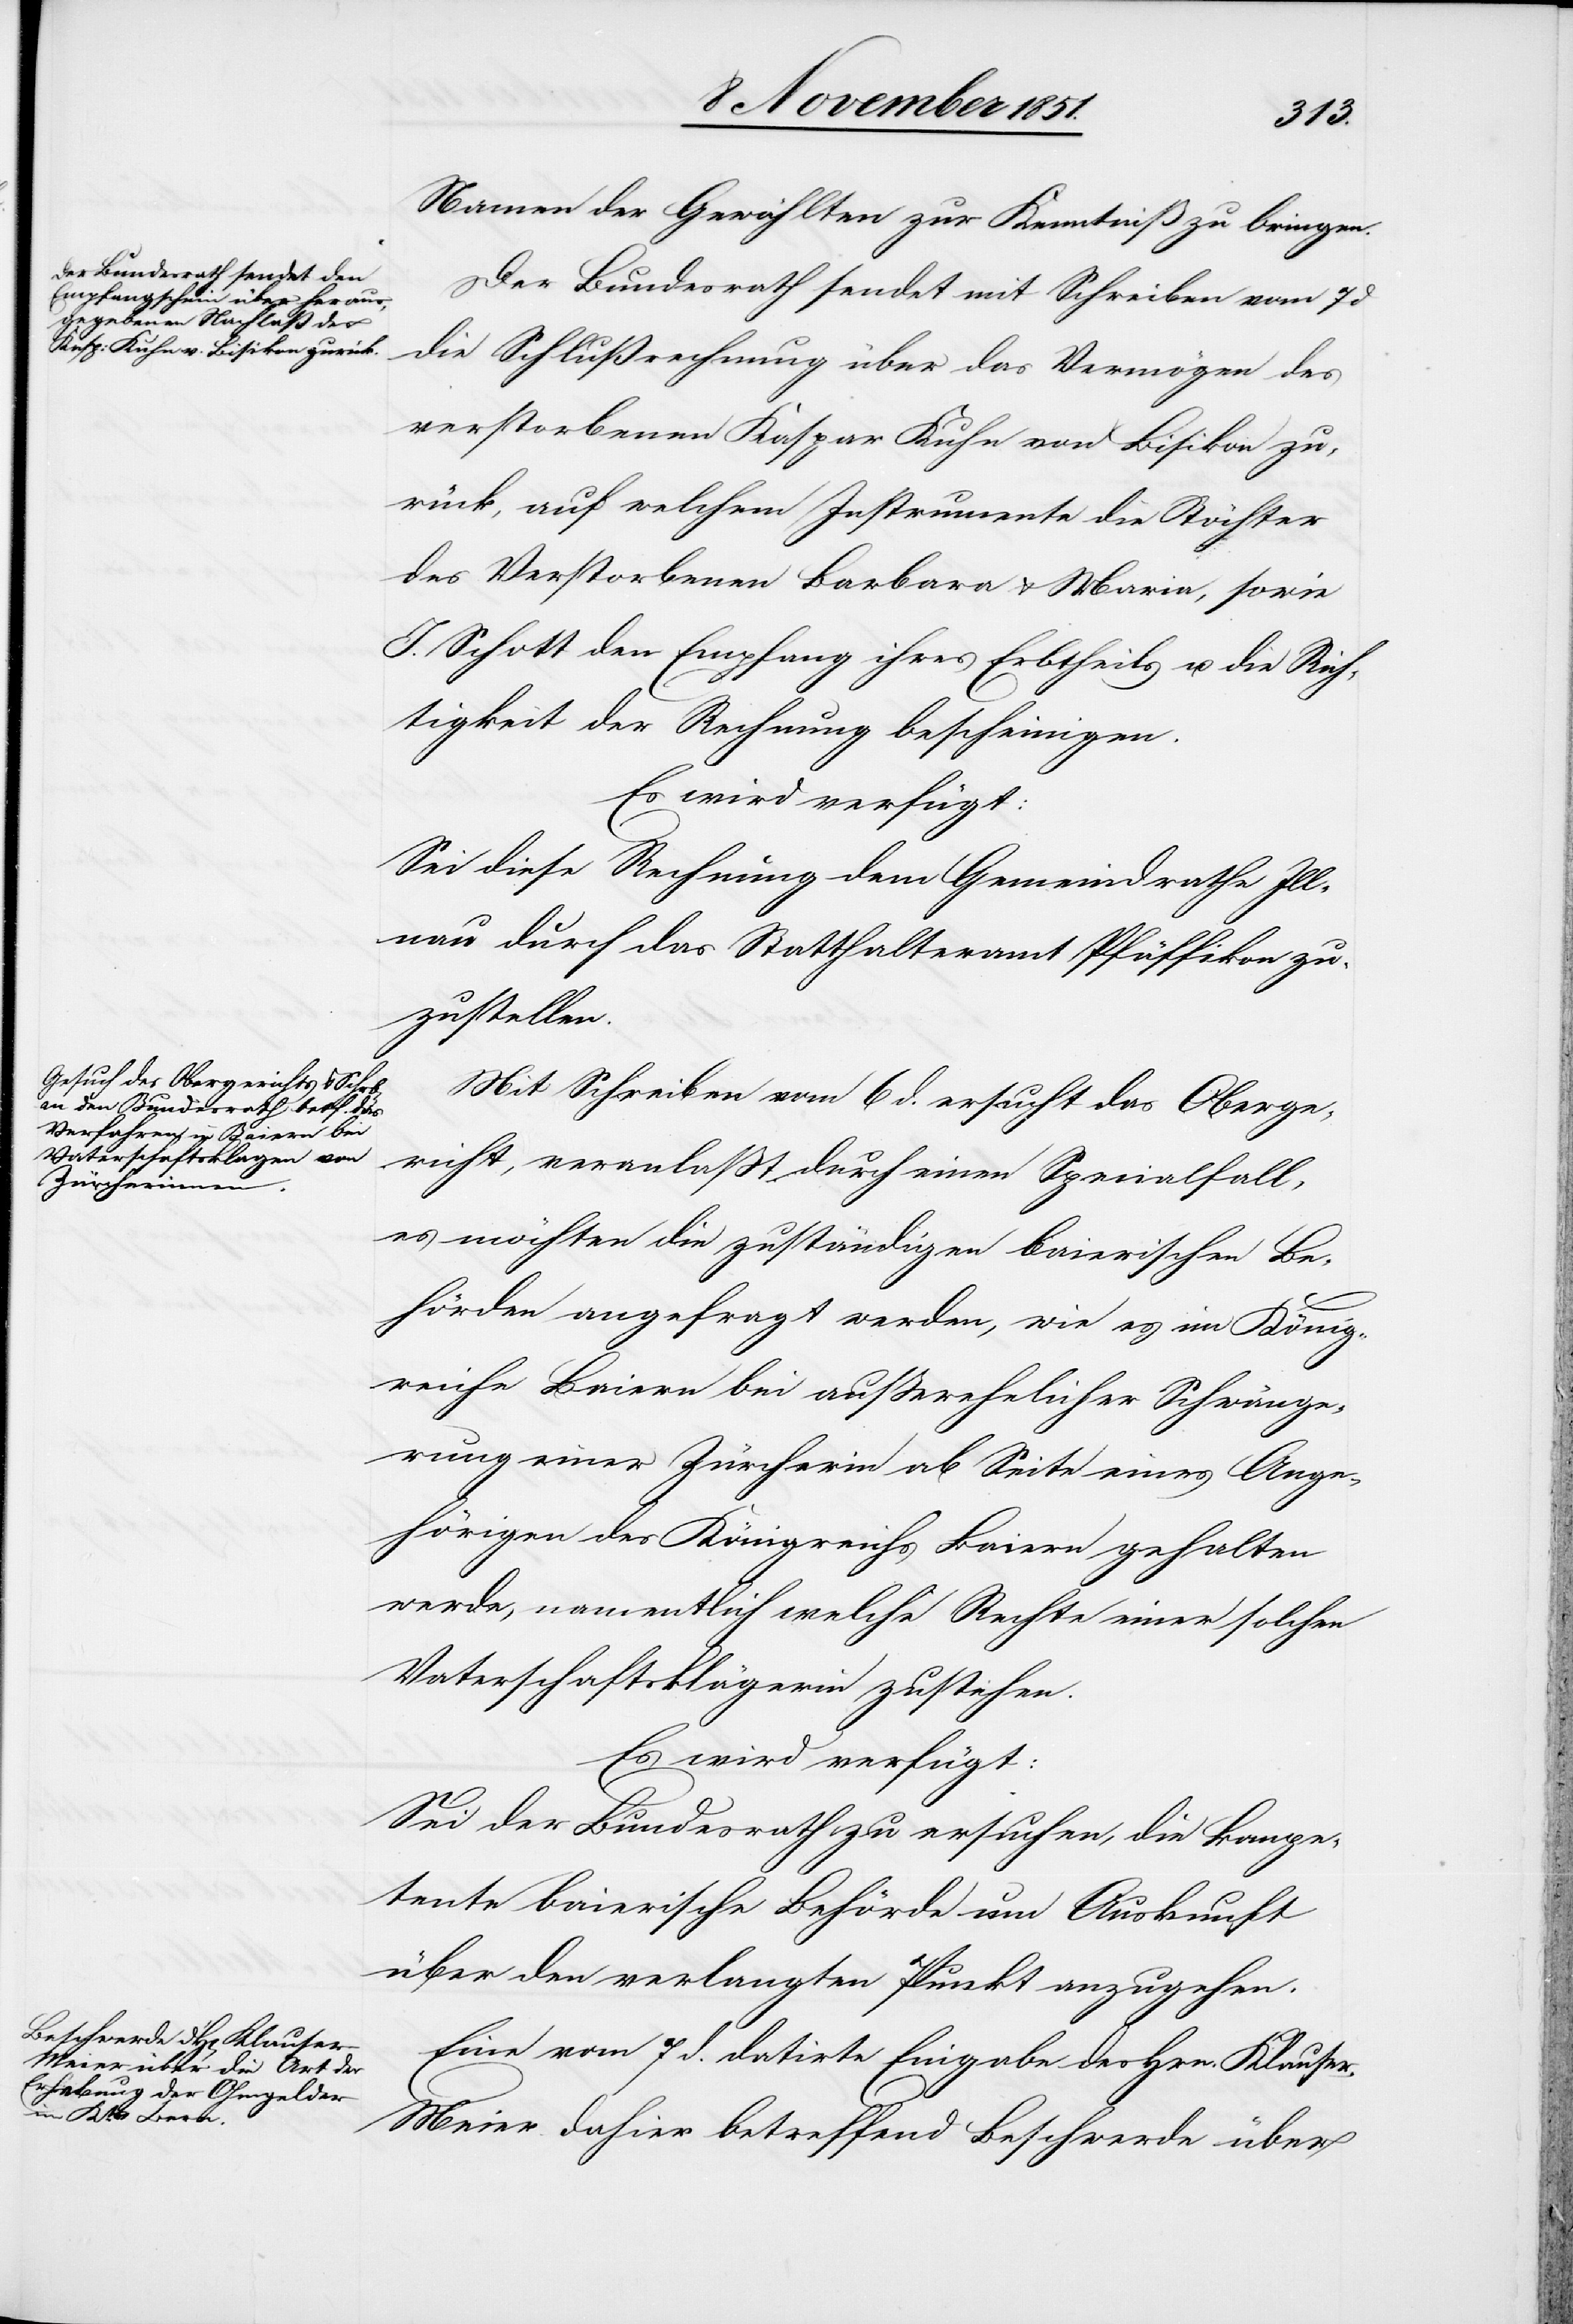
Namen der Gewählten zur Kenntniß zu bringen.
Der Bundesrath sendet mit Schreiben vom 7
die Schlußrechnung über das Vermögen des
verstorbenen Kaspar Kuhn von Bisikon zu¬
rück, auf welchem Instrumente die Töchter
des Verstorbenen Barbara & Maria, sowie
J. Schott den Empfang ihres Erbtheils u. die Rich¬
tigkeit der Rechnung bescheinigen.
Es wird verfügt:
Sei diese Rechnung dem Gemeindrathe Ill¬
nau durch das Statthalteramt Pfäffikon zu¬
zustellen.
Mit Schreiben vom 6 d. ersucht das Oberge¬
richt, veranlaßt durch einen Specialfall,
es möchten die zuständigen baierischen Be¬
hörden angefragt werden, wie es im König¬
reiche Baiern bei außerehelicher Schwänge¬
rung einer Zürcherin ab Seite eines Ange¬
hörigen des Königreichs Baiern gehalten
werde, namentlich welche Rechte einer solchen
Vaterschaftsklägerin zustehen.
Es wird verfügt:
Sei der Bundesrath zu ersuchen, die kompe¬
tente baierische Behörde um Auskunft
über den verlangten Punkt anzugehen.
Eine vom 7 d. datirte Eingabe des Hrn. Klause¬
r-Meier dahier betreffend Beschwerde über